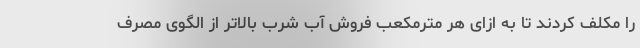
را مکلف کردند تا به ازای هر مترمکعب فروش آب شرب بالاتر از الگوی مصرف